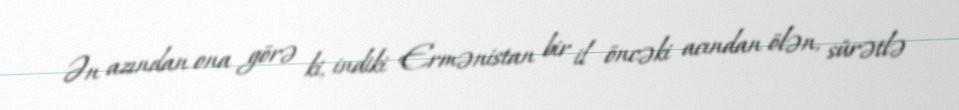
Ən azından ona görə ki, indiki Ermənistan bir il öncəki acından ölən, sürətlə